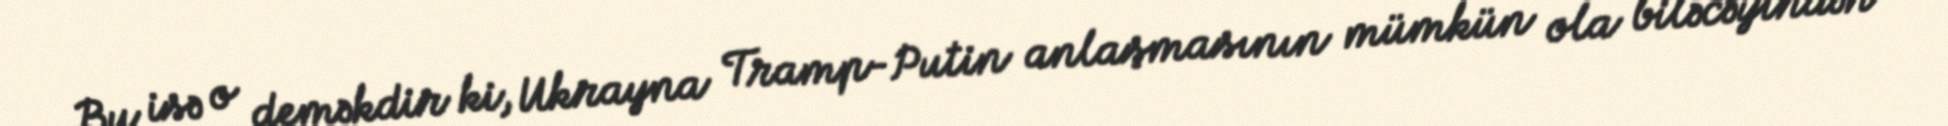
Bu isə o deməkdir ki, Ukrayna Tramp-Putin anlaşmasının mümkün ola biləcəyindən